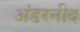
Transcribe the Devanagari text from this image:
अंडरनीद